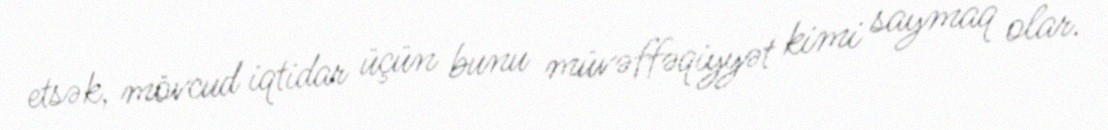
etsək, mövcud iqtidar üçün bunu müvəffəqiyyət kimi saymaq olar.